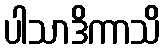
ပါသာဒိကာသိ